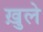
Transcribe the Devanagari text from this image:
ख़ुले